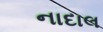
નાદાલ